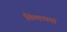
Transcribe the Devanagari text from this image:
तिम्मप्पया